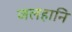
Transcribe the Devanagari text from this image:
जलहानि